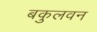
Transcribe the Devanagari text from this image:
बकुलवन